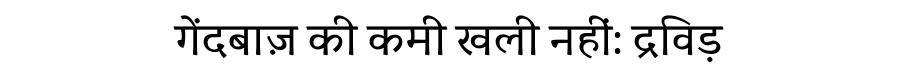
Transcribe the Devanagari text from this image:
गेंदबाज़ की कमी खली नहीं: द्रविड़